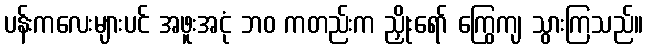
ပန်းကလေးများပင် အဖူးအငုံ ဘဝ ကတည်းက ညှိုးရော် ကြွေကျ သွားကြသည်။